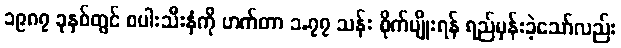
၁၉၈၇ ခုနှစ်တွင် စပါးသီးနှံကို ဟက်တာ ၁.၇၇ သန်း စိုက်ပျိုးရန် ရည်မှန်းခဲ့သော်လည်း